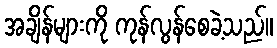
အချိန်များကို ကုန်လွန်စေခဲ့သည်။